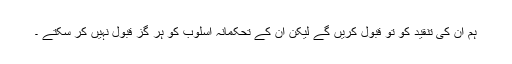
ہم ان کی تنقید کو تو قبول کریں گے لیکن ان کے تحکمانہ اسلوب کو ہر گز قبول نہیں کر سکتے ۔